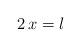
LaTeX: \begin{align*} 2\,x=l\end{align*}